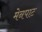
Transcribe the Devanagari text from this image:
मेनपाट